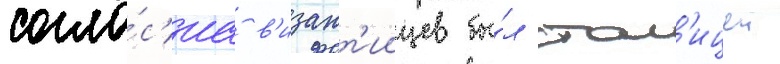
согла́с'иа в'изант'иицев бы́л стол'ицеи